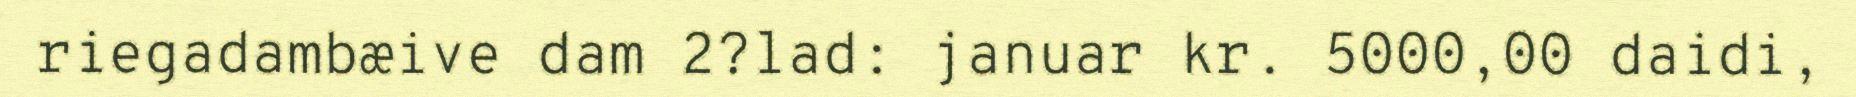
riegadambæive dam 2?lad: januar kr. 5000,00 daidi,